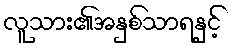
လူသား၏အနှစ်သာရနှင့်